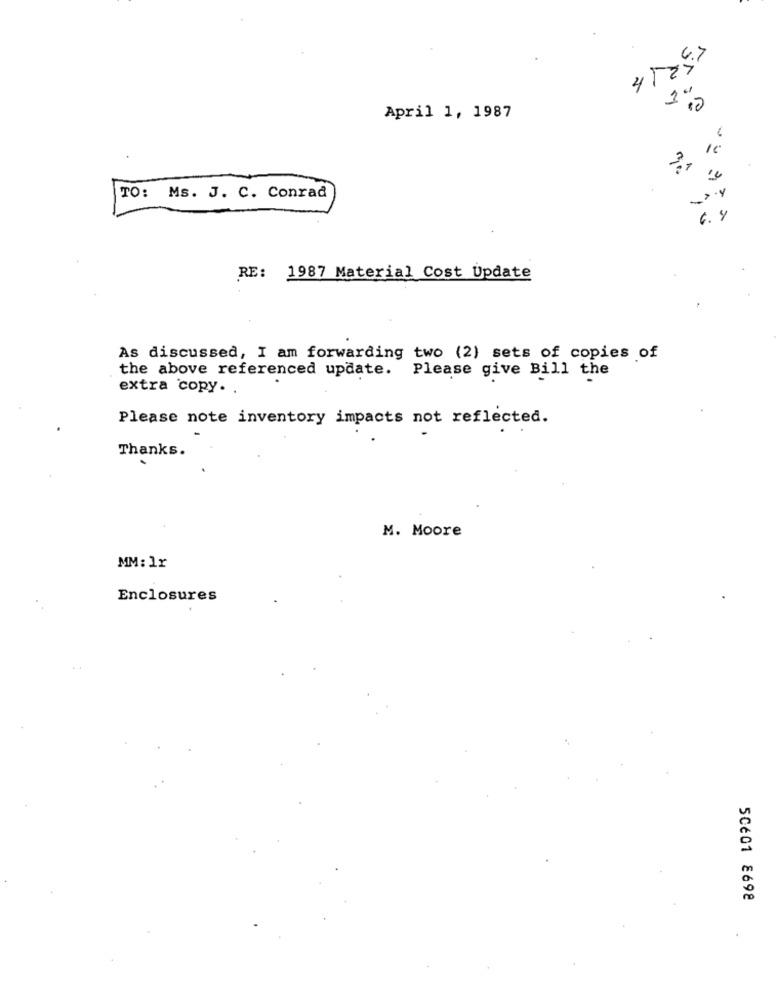
April 1, 1987
IC
TO: Ms. J. C. Conrad
6. 4
RE: 1987 Material Cost Update
As discussed, I am forwarding two (2) sets of copies of
the above referenced update. Please give Bill the
extra copy ..
Please note inventory impacts not reflected.
Thanks.
M. Moore
MM: 1x
Enclosures
50601 8698